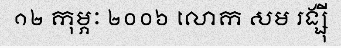
១២ កុម្ភៈ ២០០៦ លោក សម រង្ស៊ី